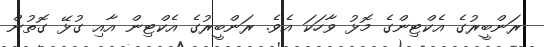
ރަންބީރުގެ އެކްޓިންގެ މޮޅު ވާހަކަ އެވެ. ރަންބީރުގެ އެކްޓިން އާއި ގުޅޭ ގޮތުން